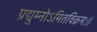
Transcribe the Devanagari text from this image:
प्रद्युम्नोऽमितविक्रमः।।